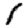
Digit: 1